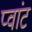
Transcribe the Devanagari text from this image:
प्वांट